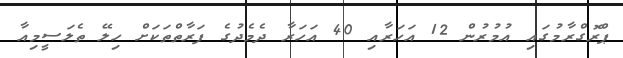
ޕްރޮގްރާމުގައި އުމުރުން 12 އަހަރާއި 40 އަހަރާ ދެމެދުގެ ފަރާތްތަކަށް ހިލޭ ތެލަސީމިއާ